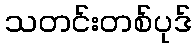
သတင်းတစ်ပုဒ်